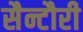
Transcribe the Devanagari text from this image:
सैन्टौरी